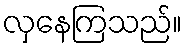
လှနေကြသည်။